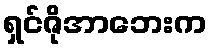
ရှင်ဇိုအာဘေးက